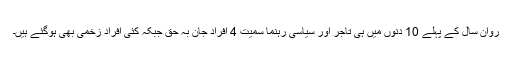
روان سال کے پہلے 10 دنوں میں ہی تاجر اور سیاسی رہنما سمیت 4 افراد جان بہ حق جبکہ کئی افراد زخمی بھی ہوگئے ہیں۔